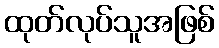
ထုတ်လုပ်သူအဖြစ်